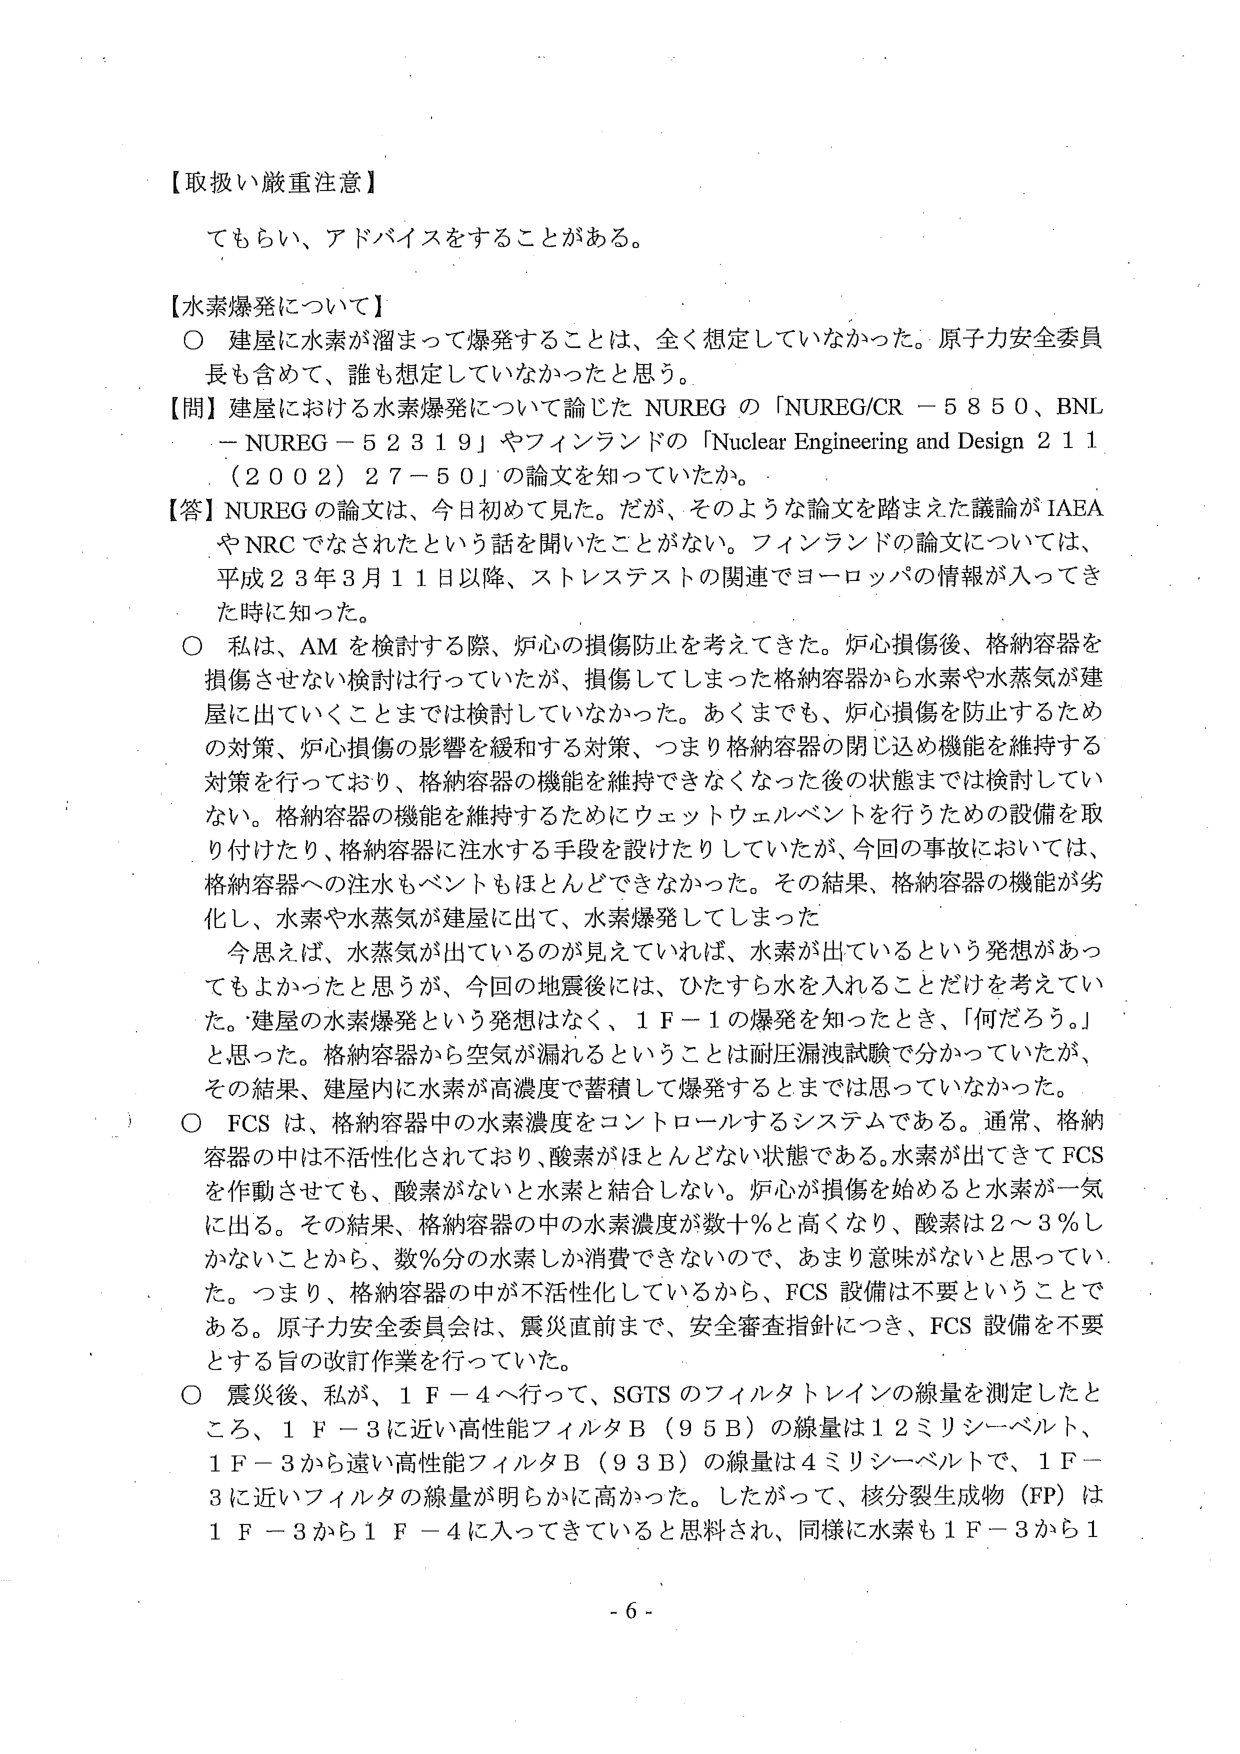
【取扱い厳重注意】
てもらい、アドバイスをすることがある。

【水素爆発について】
○ 建屋に水素が溜まって爆発することは、全く想定していなかった。原子力安全委員長も含めて、誰も想定していなかったと思う。
【問】建屋における水素爆発について論じた NUREG の「NUREG/CR－5850、BNL－NUREG－52319」やフィンランドの「Nuclear Engineering and Design 211（2002）27－50」の論文を知っていたか。
【答】NUREG の論文は、今日初めて見た。だが、そのような論文を踏まえた議論が IAEA や NRC でなされたという話を聞いたことがない。フィンランドの論文については、平成23年3月11日以降、ストレステストの関連でヨーロッパの情報が入ってきた時に知った。
○ 私は、AM を検討する際、炉心の損傷防止を考えてきた。炉心損傷後、格納容器を損傷させない検討は行っていたが、損傷してしまった格納容器から水素や水蒸気が建屋に出ていくことまでは検討していなかった。あくまでも、炉心損傷を防止するための対策、炉心損傷の影響を緩和する対策、つまり格納容器の閉じ込め機能を維持する対策を行っており、格納容器の機能を維持できなくなった後の状態までは検討していない。格納容器の機能を維持するためにウェットウェルベントを行うための設備を取り付けたり、格納容器に注水する手段を設けたりしていたが、今回の事故においては、格納容器への注水もベントもほとんどできなかった。その結果、格納容器の機能が劣化し、水素や水蒸気が建屋に出て、水素爆発してしまった。
今思えば、水蒸気が出ているのが見えていれば、水素が出ているという発想があってもよかったと思うが、今回の地震後には、ひたすら水を入れることだけを考えていた。建屋の水素爆発という発想はなく、1F－1の爆発を知ったとき、「何だろう。」と思った。格納容器から空気が漏れるということは耐圧漏洩試験で分かっていたが、その結果、建屋内に水素が高濃度で蓄積して爆発するとは思っていなかった。
○ FCS は、格納容器中の水素濃度をコントロールするシステムである。通常、格納容器の中は不活性化されており、酸素がほとんどない状態である。水素が出てきて FCS を作動させても、酸素がないと水素と結合しない。炉心が損傷を始めると水素が一気に出る。その結果、格納容器の中の水素濃度が数＋％と高くなり、酸素は2～3％しかないことから、数％分の水素しか消費できないので、あまり意味がないと思っていた。つまり、格納容器の中が不活性化しているから、FCS 設備は不要ということである。原子力安全委員会は、震災直前まで、安全審査指針につき、FCS 設備を不要とする旨の改訂作業を行っていた。
○ 震災後、私が、1F－4へ行って、SGTS のフィルタトレインの線量を測定したところ、1F－3に近い高性能フィルタB（95B）の線量は12ミリシーベルト、1F－3から遠い高性能フィルタB（93B）の線量は4ミリシーベルトで、1F－3に近いフィルタの線量が明らかに高かった。したがって、核分裂生成物（FP）は1F－3から1F－4に入ってきていると思料され、同様に水素も1F－3から1

- 6 -